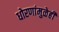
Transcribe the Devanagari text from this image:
धोरणांमुळेही